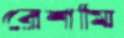
রেশমি